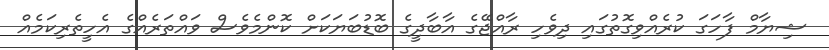
ޝިޔާމް ފާހަގަ ކުރެއްވިގޮތުގައި ދިވެހި ރާއްޖޭގެ އާބާދީގެ ބޮޑުބަޔަކަށް ކޮންމެވެސް ވައްތަރެއްގެ އެހީތެރިކަމެއް